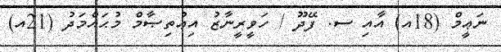
ނަޢީމް (18އ) އާއި ސ. ފޭދޫ / ހަވީރީނާޒު އިޢުތިޞާމް މުޙައްމަދު (21އ)